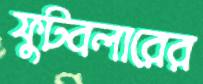
ফুটবলারের